Senior Leaving Certificate Examination (including Day School Certificate (Higher) General paper), 1950
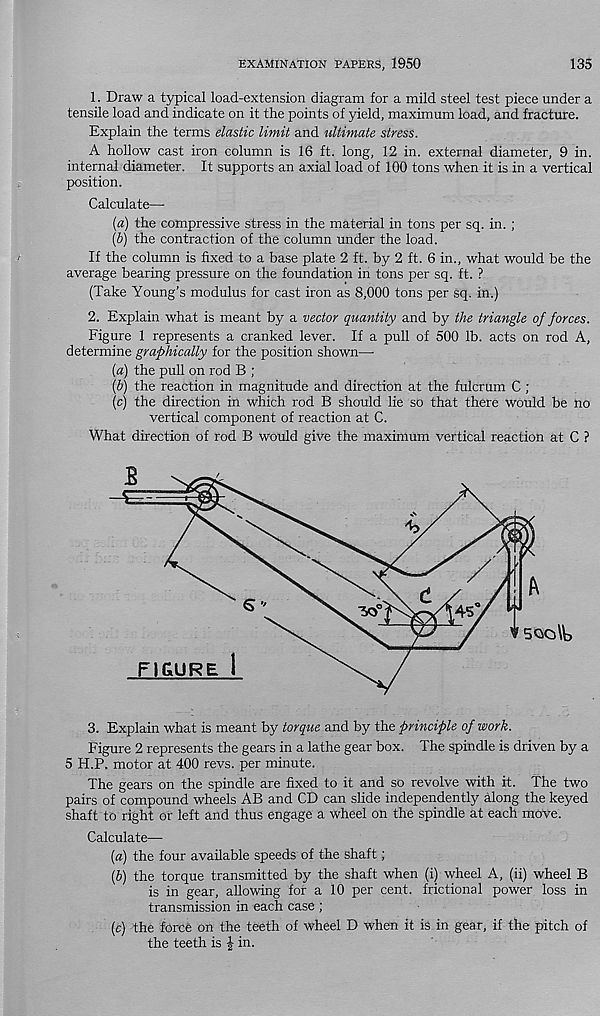
EXAMINATION PAPERS, 1950
135
1. Draw a typical load-extension diagram for a mild steel test piece under a
tensile load and indicate on it the points of yield, maximum load, and fracture.
Explain the terms elastic limit and ultimate stress.
A hollow cast iron column is 16 ft. long, 12 in. external diameter, 9 in.
internal diameter. It supports an axial load of 100 tons when it is in a vertical
position.
Calculate—-
(a) the compressive stress in the material in tons per sq. in. ;
(b) the contraction of the column under the load.
If the column is fixed to a base plate 2 ft. by 2 ft. 6 in., what would be the
average bearing pressure on the foundation in tons per sq. ft. ?
(Take Young’s modulus for cast iron as 8,000 tons per sq. in.)
2. Explain what is meant by a vector quantity and by the triangle of forces.
Figure 1 represents a cranked lever. If a pull of 500 lb. acts on rod A,
determine graphically for the position shown—-
(a) the pull on rod B ;
(b) the reaction in magnitude and direction at the fulcrum C ;
(c) the direction in which rod B should lie so that there would be no
vertical component of reaction at C.
What direction of rod B would give the maximum vertical reaction at C ?
c
45
30
i 5QO\U
FIGURE
3. Explain what is meant by torque and by the principle of work.
Figure 2 represents the gears in a lathe gear box. The spindle is driven by a
5 H.P. motor at 400 revs, per minute.
The gears on the spindle are fixed to it and so revolve with it. The two
pairs of compound wheels AB and CD can slide independently along the keyed
shaft to right or left and thus engage a wheel on the spindle at each move.
Calculate—
(a) the four available speeds of the shaft;
{b) the torque transmitted by the shaft when (i) wheel A, (ii) wheel B
is in gear, allowing for a 10 per cent, frictional power loss in
transmission in each case ;
(c) the force on the teeth of wheel D when it is in gear, if the pitch of
the teeth is | in.